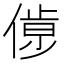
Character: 𠌹